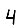
Digit: 4